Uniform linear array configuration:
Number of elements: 24
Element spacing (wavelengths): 0.5
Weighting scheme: kaiser
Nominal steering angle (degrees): -30
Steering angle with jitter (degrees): -28.45
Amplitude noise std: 0.05
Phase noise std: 0.05

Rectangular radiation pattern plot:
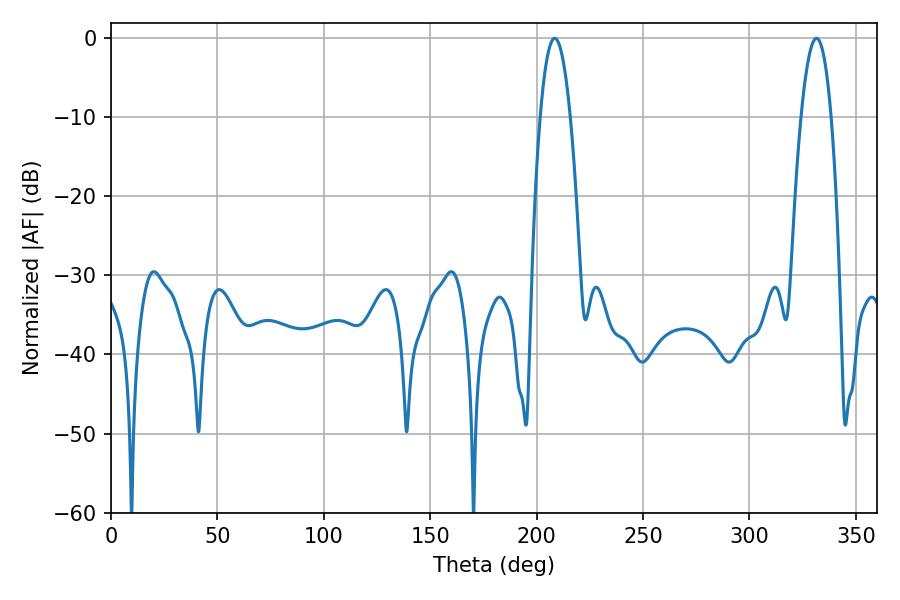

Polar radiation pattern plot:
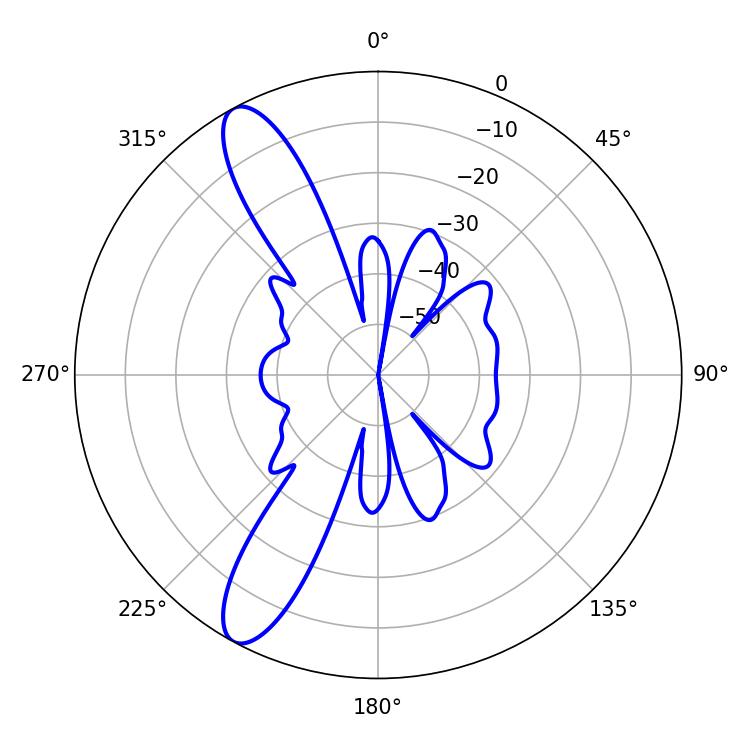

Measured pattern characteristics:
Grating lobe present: FALSE
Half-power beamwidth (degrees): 7.74
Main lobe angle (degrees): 208.44